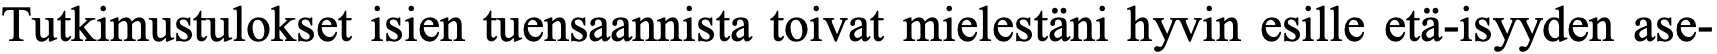
Tutkimustulokset isien tuensaannista toivat mielestäni hyvin esille etä-isyyden ase-